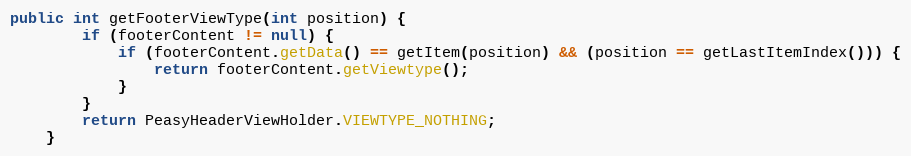
Language: Java
public int getFooterViewType(int position) {
        if (footerContent != null) {
            if (footerContent.getData() == getItem(position) && (position == getLastItemIndex())) {
                return footerContent.getViewtype();
            }
        }
        return PeasyHeaderViewHolder.VIEWTYPE_NOTHING;
    }